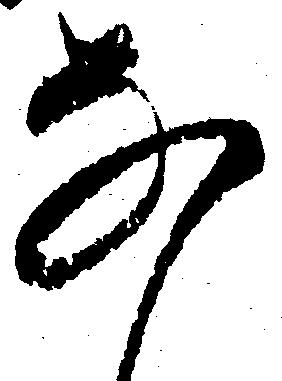
な